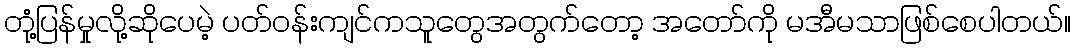
တုံ့ပြန်မှုလို့ဆိုပေမဲ့ ပတ်ဝန်းကျင်ကသူတွေအတွက်တော့ အတော်ကို မအီမသာဖြစ်စေပါတယ်။